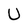
Character: U